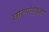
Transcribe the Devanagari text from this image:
छोल्यांऐवजी